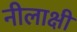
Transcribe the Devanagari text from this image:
नीलाक्षी